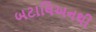
બટાલિઅનથી